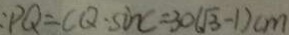
: P Q = C Q \cdot \sin C = 3 0 ( \sqrt { 3 } - 1 ) c m